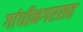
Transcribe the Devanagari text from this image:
गांधीनगरसह